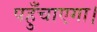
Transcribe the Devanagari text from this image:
पहुँचाएगा।